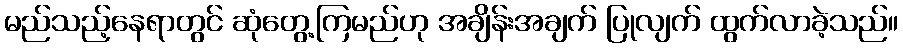
မည်သည့်နေရာတွင် ဆုံတွေ့ကြမည်ဟု အချိန်းအချက် ပြုလျက် ထွက်လာခဲ့သည်။